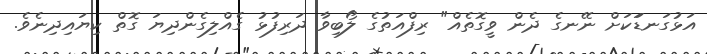
އަޅުގަނޑަަކަށް ނޭނގެ ދެން ވީގޮތެއް" ރިފްއަތުގެ ލޯބިވާ ދަރިފުޅު ގެއްލިގެންދިޔަ ގޮތް ކިޔައިދިނެވެ.